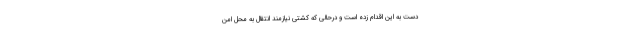
دست به این اقدام زده است و درحالی که کشتی نیازمند انتقال به محل امن